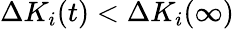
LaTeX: {\Delta K_{i}(t)<\Delta K_{i}(\infty)}